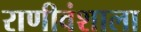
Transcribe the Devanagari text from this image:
राणीवंशाला